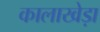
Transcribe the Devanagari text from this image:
कालाखेड़ा